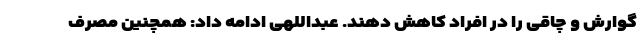
گوارش و چاقی را در افراد کاهش دهند. عبداللهی ادامه داد: همچنین مصرف